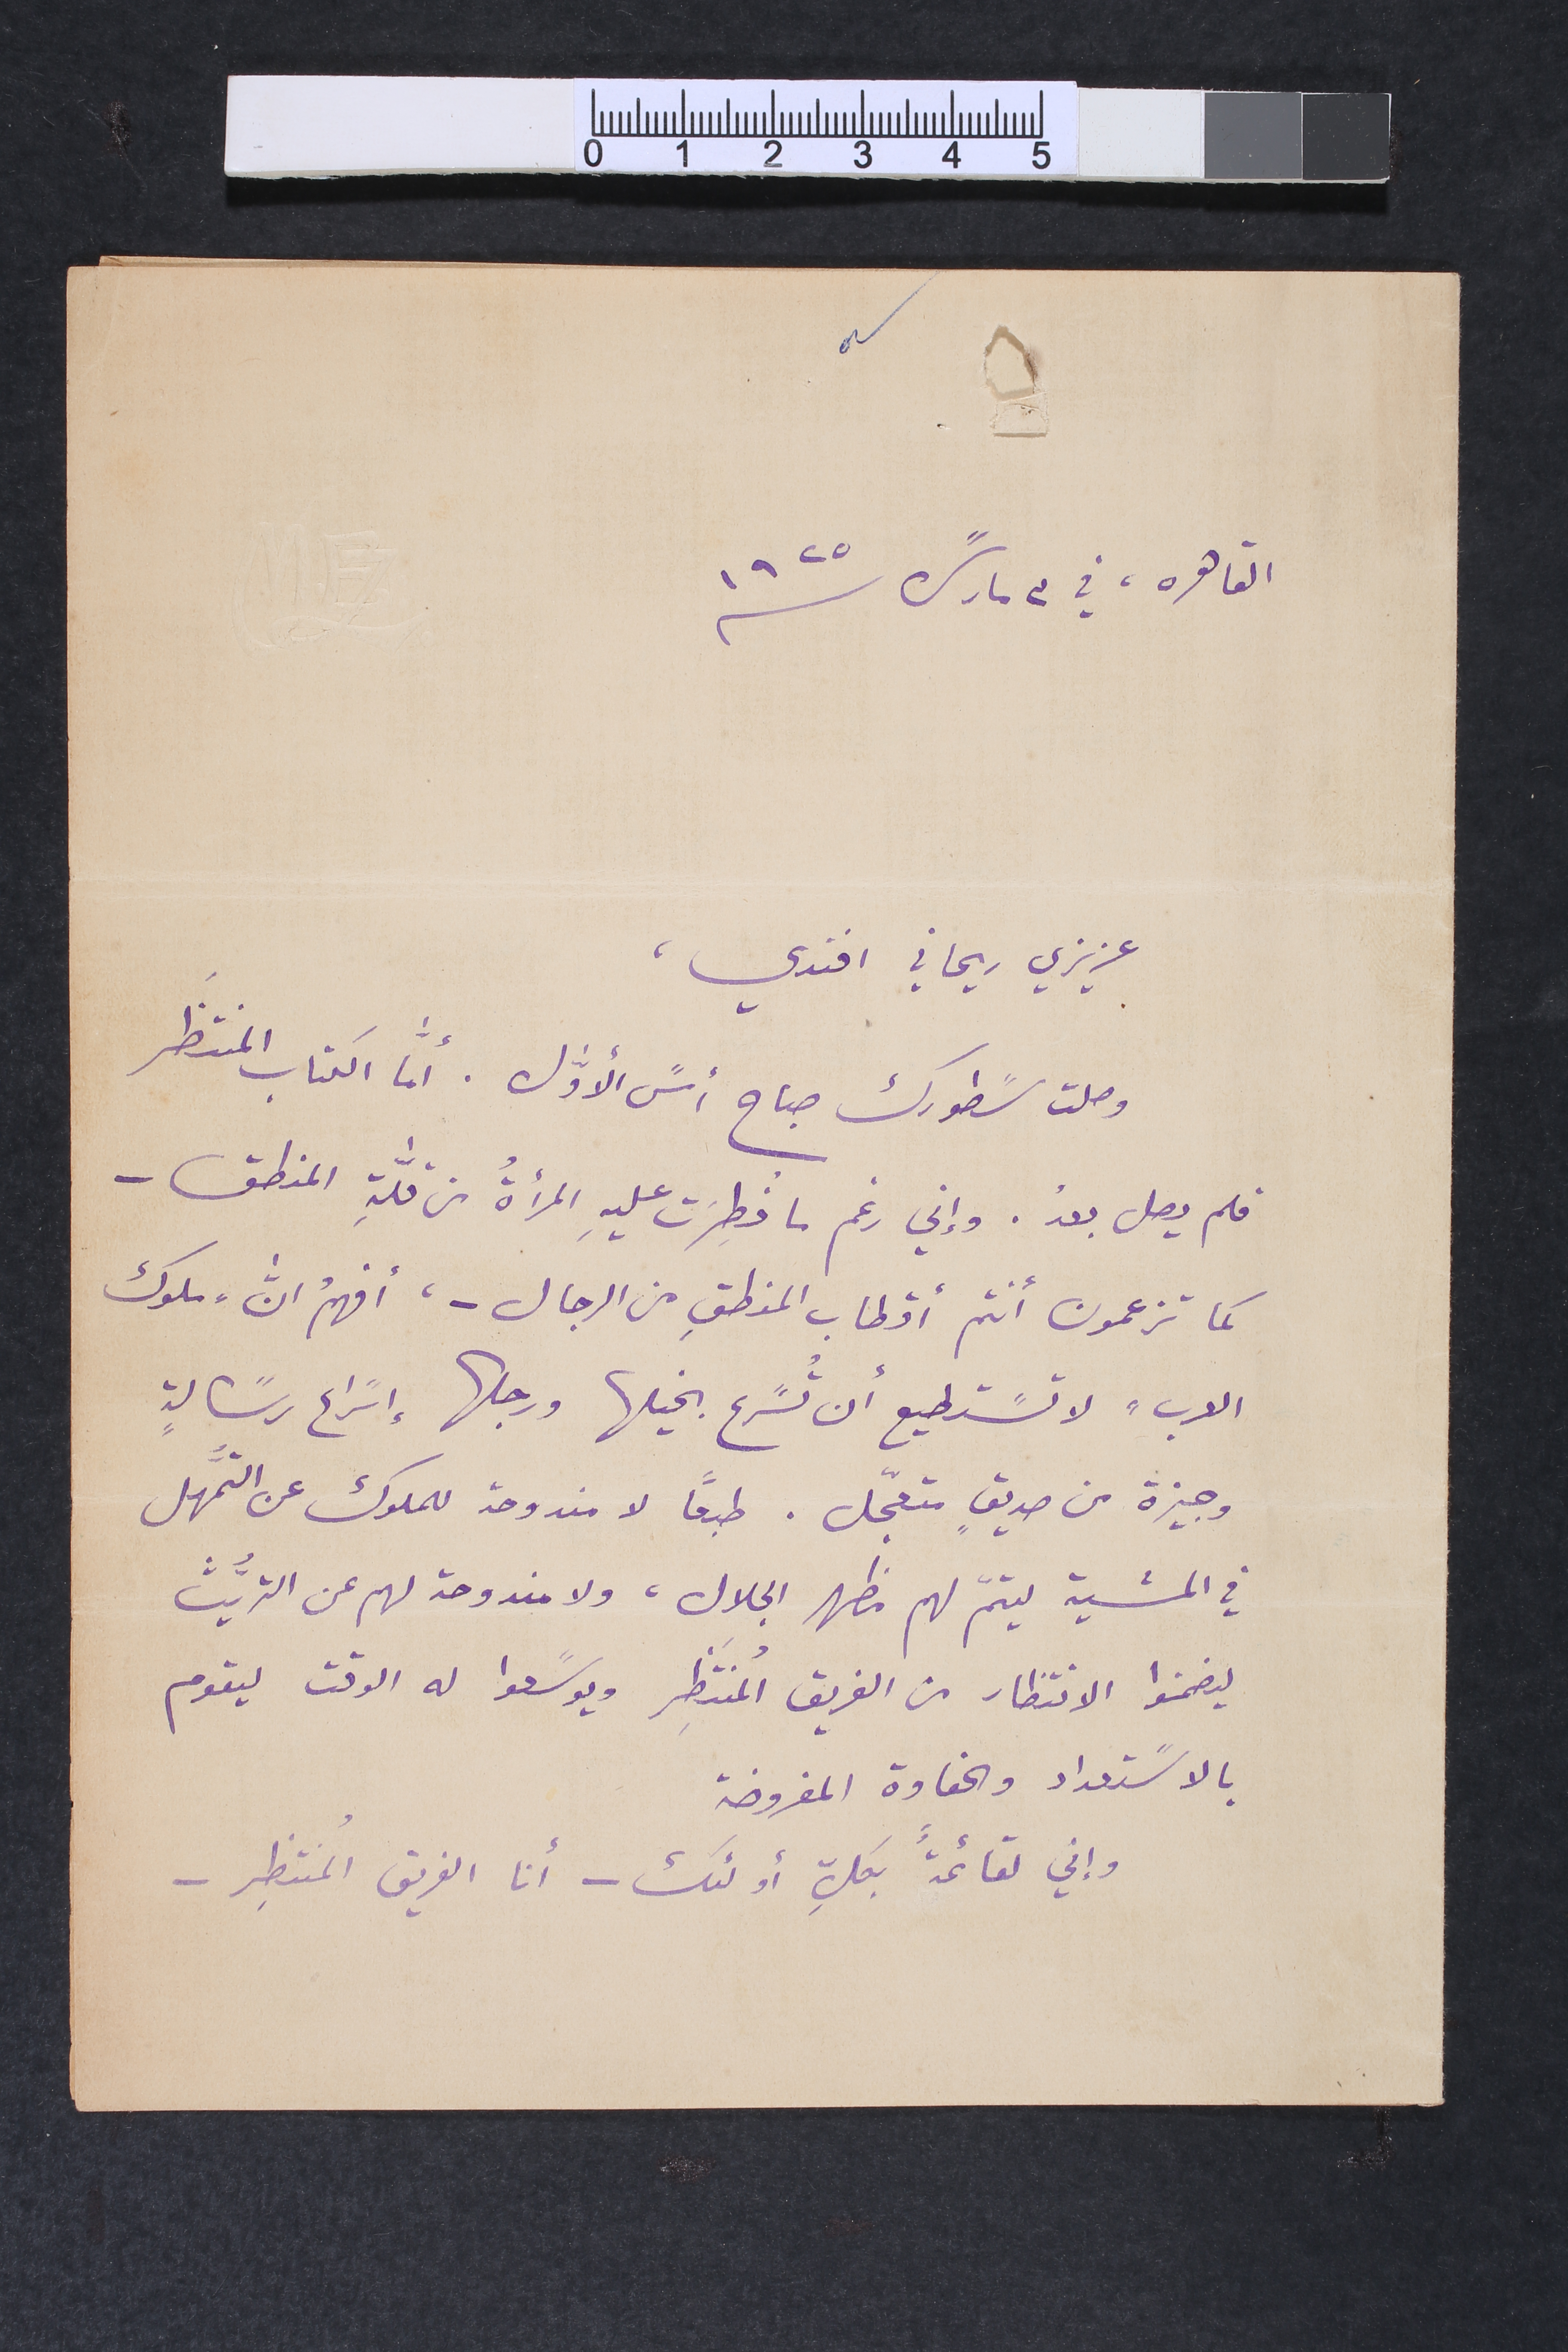
القاهره في ٣ مارسً سنة ١٩٢٥
عزيزي ريحاني افندي،
وصلت سًطورك صباح امسً الأوﱣل. أمّا الكتاب المنتظَر
فلم يصل بعدُ. وإني رغم ما فُطِرَت عليهِ المرأةُ من قلّةِ المنطق -
كما تزعمون أنتم أقطاب المنطقِ من الرجال - ، أفهمُ انﱣ "ملوك
الاب" لا تسًتطيع أن تُسًرع بخيلها ورجالها إسًراع رسًالةٍ
وجيزة من صديقٍ متعجّل. طبعًا لا مندوحة للملوك عن التمهُّل
في المشية ليتمّ لهم مظهر الجلال، ولا مندوحة لهم عن التريُّث
ليضمنوا الانتظار من الفريق المُنتَظِر ويوسًعوا له الوقت ليقوم
بالاسًتعداد والحفاوة المفروضة
وإني لقائمة ً بكلِّ أولئك – أنا الفريق المُنتظِر -